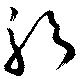
躬